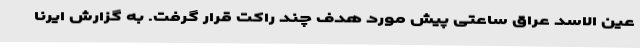
عین الاسد عراق ساعتی پیش مورد هدف چند راکت قرار گرفت. به گزارش ایرنا